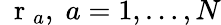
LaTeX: \mathrm{~\mathbf~r~}_{a},\; a=1,\dots,N